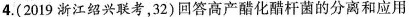
4.(2019浙江绍兴联考，32)回答高产醋化醋杆菌的分离和